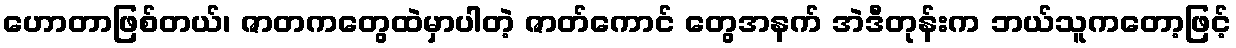
ဟောတာဖြစ်တယ်၊ ဇာတကတွေထဲမှာပါတဲ့ ဇာတ်ကောင် တွေအနက် အဲဒီတုန်းက ဘယ်သူကတော့ဖြင့်